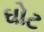
ઘોટ